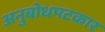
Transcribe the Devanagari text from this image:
अनुबोधपटकार